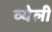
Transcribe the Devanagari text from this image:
व्येली